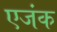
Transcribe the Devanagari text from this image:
एजंक